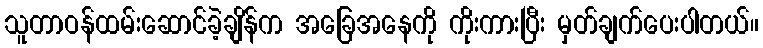
သူတာဝန်ထမ်းဆောင်ခဲ့ချိန်က အခြေအနေကို ကိုးကားပြီး မှတ်ချက်ပေးပါတယ်။